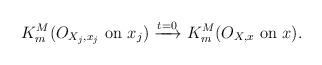
LaTeX: \begin{align*} K^{M}_{m}(O_{X_{j},x_{j}} \ \mathrm{on} \ x_{j}) \xrightarrow{t =0} K^{M}_{m}(O_{X,x} \ \mathrm{on} \ x).\end{align*}